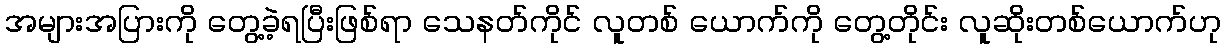
အများအပြားကို တွေ့ခဲ့ရပြီးဖြစ်ရာ သေနတ်ကိုင် လူတစ် ယောက်ကို တွေ့တိုင်း လူဆိုးတစ်ယောက်ဟု